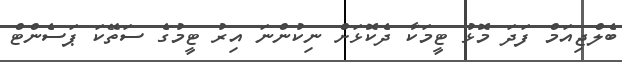
ބެލްޖިއަމް ފަދަ މޮޅު ޓީމަކާ ދެކޮޅަށް ނިކުންނަ އިރު ޓީމުގެ ސަތޭކަ ޕަސެންޓް